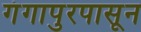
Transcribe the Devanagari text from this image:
गंगापुरपासून